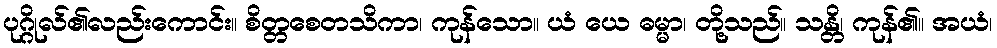
ပုဂ္ဂိုလ်၏လည်းကောင်း။ စိတ္တစေတသိကာ၊ ကုန်သော။ ယံ ယေ ဓမ္မာ၊ တို့သည်။ သန္တိ၊ ကုန်၏။ အယံ၊